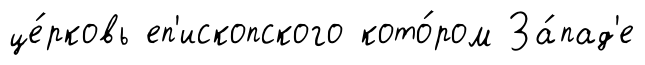
це́рковь еп'ископского кото́ром За́пад'е